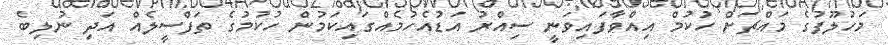
މަހުލޫފުގެ މައްޗަށް ހުކުމް އިއްވާފައިވަނީ ސިއްރު އަޑުއެހުމެއްގައިކަމުން ހުކުމުގެ ތަފްސީލެއް އަދި ނުލިބެ